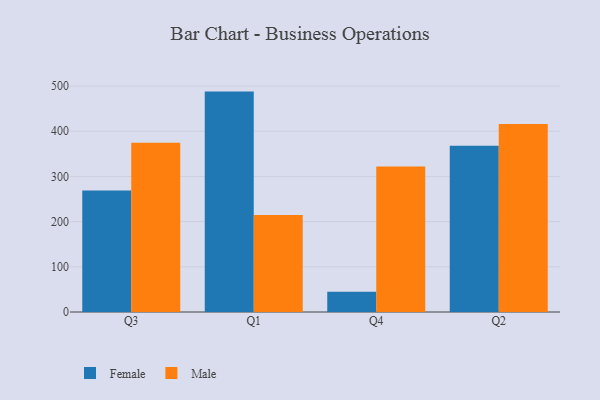
{"axis": {"x": "Quarter", "y": "Temperature (°C)"}, "legend": ["Female", "Male"], "data": [{"x": "Q3", "y": 269.0, "type": "Female"}, {"x": "Q3", "y": 374.3, "type": "Male"}, {"x": "Q1", "y": 487.7, "type": "Female"}, {"x": "Q1", "y": 214.6, "type": "Male"}, {"x": "Q4", "y": 44.6, "type": "Female"}, {"x": "Q4", "y": 321.9, "type": "Male"}, {"x": "Q2", "y": 368.1, "type": "Female"}, {"x": "Q2", "y": 416.0, "type": "Male"}]}